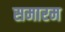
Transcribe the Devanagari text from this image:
समारम